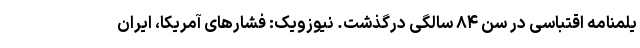
یلمنامه اقتباسی در سن ۸۴ سالگی درگذشت. نیوزویک: فشارهای آمریکا، ایران